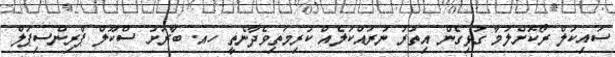
ސައިކަލް ރޯކޮށްލުމާ ގުޅިގެން އިތުރު ނުރައްކަލެއް ކުރިމަތިވެދާނެތީ ހއ. ބާރަށު ސްކޫލް ޕްރިންސިޕަލް